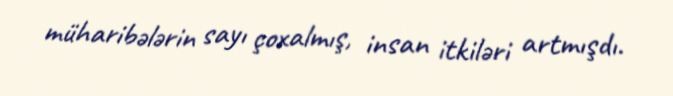
müharibələrin sayı çoxalmış, insan itkiləri artmışdı.